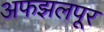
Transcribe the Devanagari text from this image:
अफझलपूर